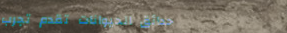
حدائق الحيوانات تقدم تجرب